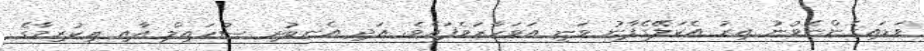
ވަޑައިގެންނެވުނު އިރު އެކަލޭގެފާނު ވަނީ އަވަހާރަވެފައެވެ. އަދި އެނބުރި ސުހައިލް އާއި ޢިކުރިމާގެ